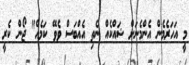
މީ އަހަރެމެން އެންމެނަށް ޝައްކެއް ނެތި އެއްބަސް ވެވޭ ކަމެއް" ޖޯން ކެރީ